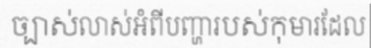
ច្បាស់លាស់អំពីបញ្ហារបស់កុមារដែល